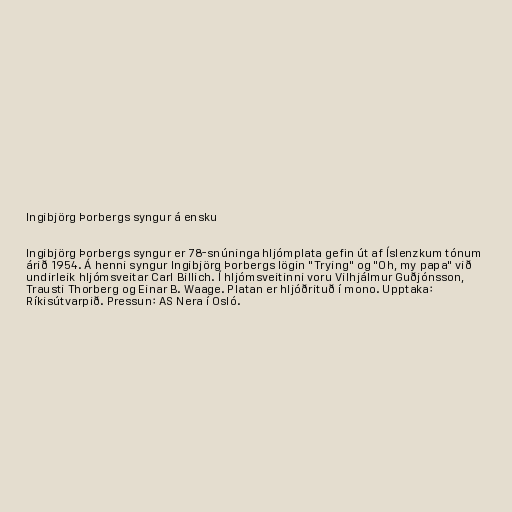
Ingibjörg Þorbergs syngur á ensku

Ingibjörg Þorbergs syngur er 78-snúninga hljómplata gefin út af Íslenzkum tónum
árið 1954. Á henni syngur Ingibjörg Þorbergs lögin "Trying" og "Oh, my papa" við
undirleik hljómsveitar Carl Billich. Í hljómsveitinni voru Vilhjálmur Guðjónsson,
Trausti Thorberg og Einar B. Waage. Platan er hljóðrituð í mono. Upptaka:
Ríkisútvarpið. Pressun: AS Nera í Osló.